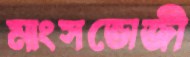
মাংসভোজী